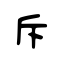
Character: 斥